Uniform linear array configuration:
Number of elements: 12
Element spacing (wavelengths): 0.5
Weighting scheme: hann
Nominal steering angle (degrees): -30
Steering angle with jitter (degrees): -30.936
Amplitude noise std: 0.05
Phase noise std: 0.05

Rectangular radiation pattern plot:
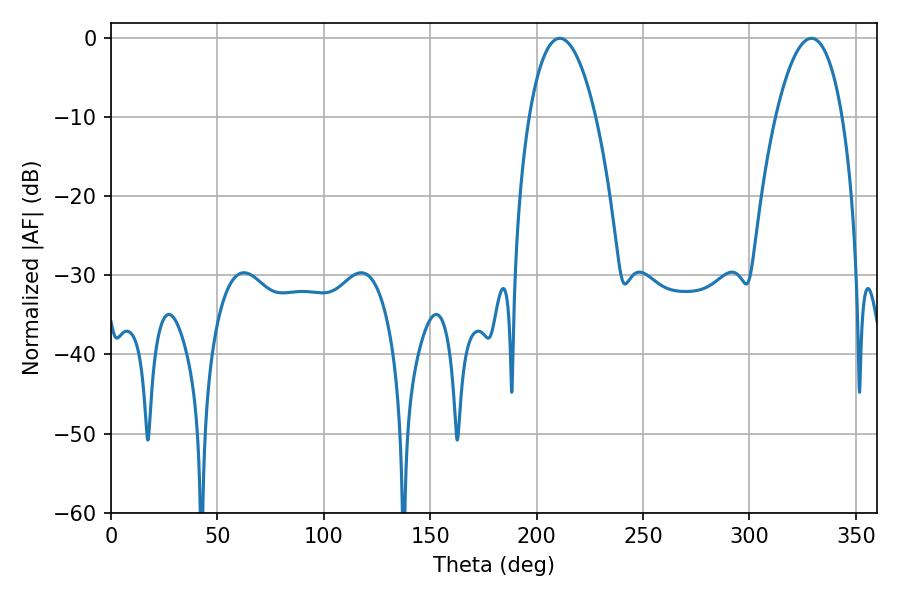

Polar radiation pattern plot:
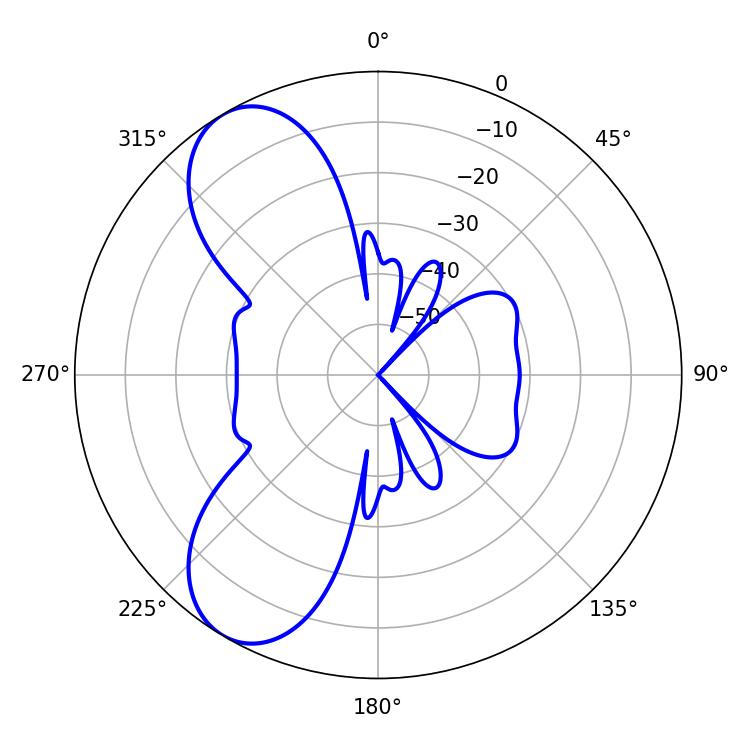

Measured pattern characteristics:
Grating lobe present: FALSE
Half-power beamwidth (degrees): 17.46
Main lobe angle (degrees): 210.78